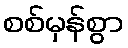
စစ်မှန်စွာ